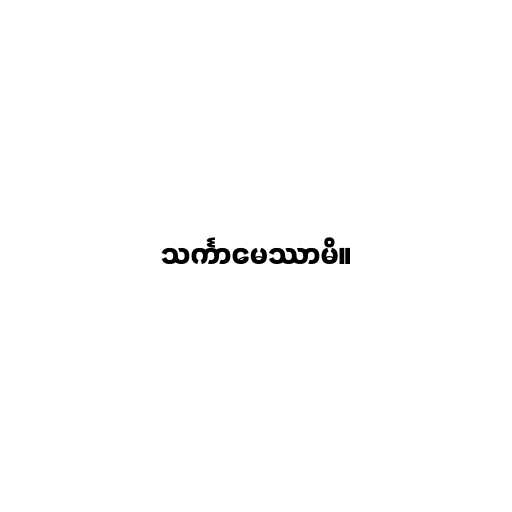
သင်္ကာမေဿာမိ။